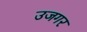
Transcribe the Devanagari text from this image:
उजगर